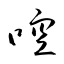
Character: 啌